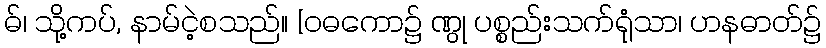
ဓ်၊ သို့ကပ်, နာမ်ငဲ့စသည်။ [ဝဓကော၌ ဏွု ပစ္စည်းသက်ရုံသာ၊ ဟနဓာတ်၌